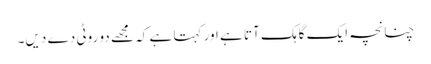
چنانچہ ایک گاہک آتا ہے اور کہتا ہے کہ مجھے دو روٹی دے دیں۔